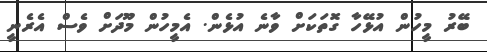
ބޭރު މީހުން އުޅޭހާ ގޮތަކަށް ވާނެ އުޅެން. އެމީހުން މޫދަށް ވެސް އެރެނީ